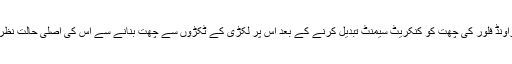
صرف گراؤنڈ فلور کی چھت کو کنکریٹ سیمنٹ تبدیل کرنے کے بعد اس پر لکڑی کے ٹکڑوں سے چھت بنانے سے اس کی اصلی حالت نظر آتی ہے ۔